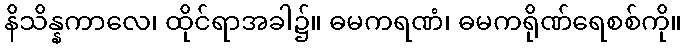
နိသိန္နကာလေ၊ ထိုင်ရာအခါ၌။ ဓမကရဏံ၊ ဓမကရိုဏ်ရေစစ်ကို။